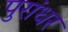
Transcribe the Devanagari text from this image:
पुरांधर